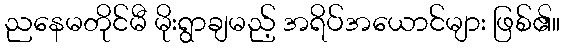
ညနေမတိုင်မီ မိုးရွာချမည့် အရိပ်အယောင်များ ဖြစ်၏။